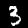
Digit: 3